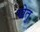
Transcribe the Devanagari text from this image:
खेतु